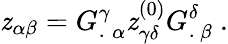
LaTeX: \mathit{z}_{\alpha\beta}={G_{.}^{\gamma}}_{\alpha}\mathit{z}_{\gamma\delta}^{(0)}{G_{.}^{\delta}}_{\beta}\ .